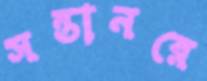
সন্তানরে